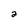
Character: 2